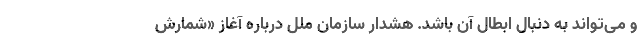
و می‌تواند به دنبال ابطال آن باشد. هشدار سازمان ملل درباره آغاز «شمارش